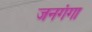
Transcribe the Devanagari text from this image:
जनगंगा